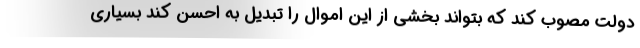
دولت مصوب کند که بتواند بخشی از این اموال را تبدیل به احسن کند بسیاری